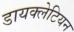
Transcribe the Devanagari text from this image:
डायक्लेटियन